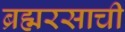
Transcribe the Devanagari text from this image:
ब्रह्मरसाची